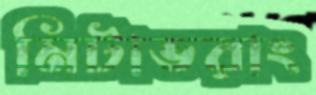
মিটাভরাং